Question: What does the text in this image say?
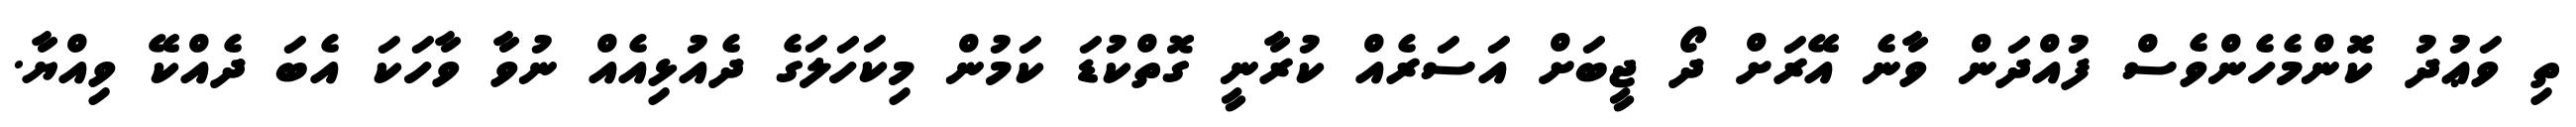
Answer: ތި ވަޢުދު ކޮންމެހެންވެސް ފުއްދަން ވާނެ އޭރަށް ދޯ ޖީބަށް އަސަރެއް ކުރާނީ ގޮތްކުޑަ ކަމުން މިކަހަލަގެ ދެއުޅިއެއް ނުވާ ވާހަކަ އެބަ ދެއްކޭ ވިއްޔާ.